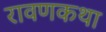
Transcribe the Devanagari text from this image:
रावणकथा